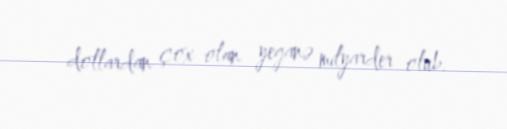
dollardan çox olan yeganə milyarder olub.